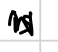
Text: is
Cross-out: zig-zag
Writing tool: digital_black